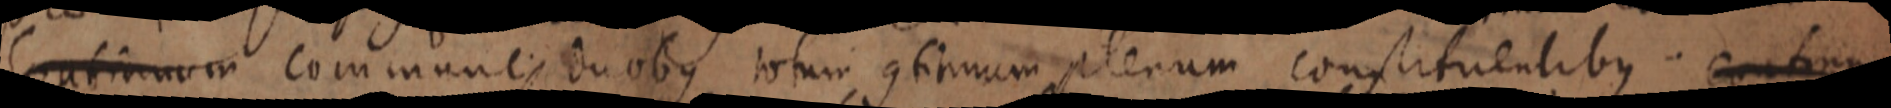
Continuum communi duobus totum continum plenum constituentibus continu